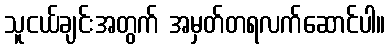
သူငယ်ချင်းအတွက် အမှတ်တရလက်ဆောင်ပါ။